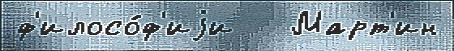
ф'илосо́ф'иjи   Март'ин